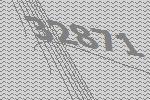
32871